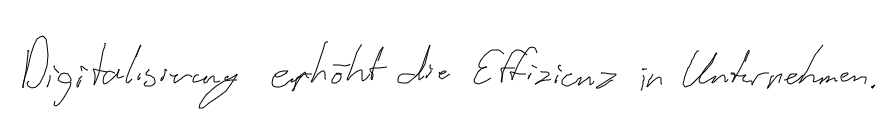
Digitalisierung erhöht die Effizienz in Unternehmen.